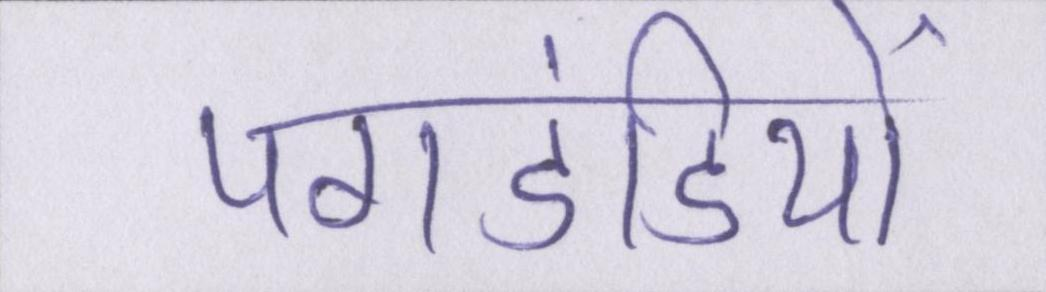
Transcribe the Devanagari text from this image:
पगडंडियों